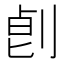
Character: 𠜷